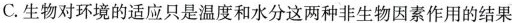
C.生物对环境的适应只是温度和水分这两种非生物因素作用的结果